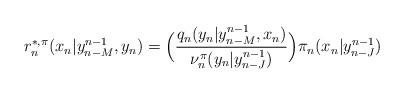
LaTeX: \begin{align*}r^{*,\pi}_n(x_n|y^{n-1}_{n-M},y_n)=\Big(\frac{q_n(y_n|y^{n-1}_{n-M},x_n)}{\nu^{\pi}_{n}(y_n|y^{n-1}_{n-J})}\Big){\pi}_{n}(x_n|y^{n-1}_{n-J})\end{align*}